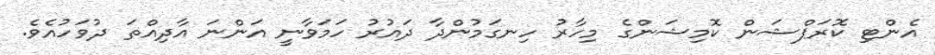
އެންޓި ކޮރަޕްޝަން ކޮމިޝަންގެ މިހާރު ހިނގަމުންދާ ދައުރު ހަމަވާނީ އަންނަ އާދިއްތަ ދުވަހުއެވެ.